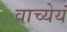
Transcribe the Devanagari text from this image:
वाच्येयं